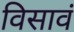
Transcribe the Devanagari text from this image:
विसावं